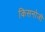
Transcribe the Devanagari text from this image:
किसनोजी